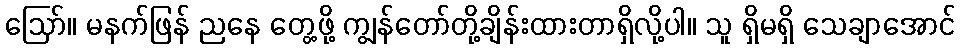
ဪ။ မနက်ဖြန် ညနေ တွေ့ဖို့ ကျွန်တော်တို့ချိန်းထားတာရှိလို့ပါ။ သူ ရှိမရှိ သေချာအောင်